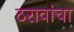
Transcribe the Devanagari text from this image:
ठरावांचा